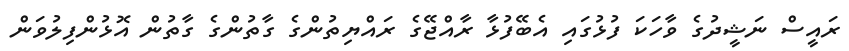
ރައީސް ނަޝީދުގެ ވާހަކަ ފުޅުގައި އެބޭފުޅާ ރާއްޖޭގެ ރައްޔިތުންގެ ގާތުންގެ ގާތުން އޮޅުންފިލުވަން